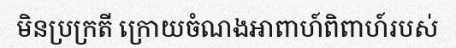
មិនប្រក្រតី ក្រោយចំណងអាពាហ៍ពិពាហ៍របស់